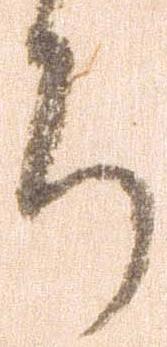
ち